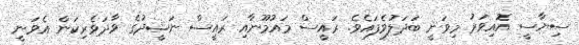
ސިޔާސީ އޮއިވަރު މިވަނީ ބަދަލުވެފައެވެ. ރައީސް މައުމޫނާއި ރައީސް ނަޝީދުގެ ވާދަވެރިކަން އެވަނީ